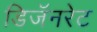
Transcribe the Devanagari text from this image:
डिजॅनरेट